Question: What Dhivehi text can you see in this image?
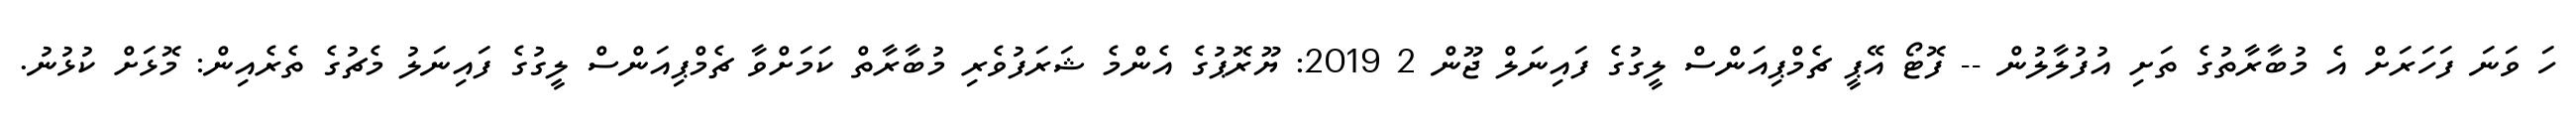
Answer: ހަ ވަނަ ފަހަރަށް އެ މުބާރާތުގެ ތަށި އުފުލާލުން -- ފޮޓޯ އޭޕީ ޗެމްޕިއަންސް ލީގުގެ ފައިނަލް ޖޫން 2 2019: ޔޫރޮޕުގެ އެންމެ ޝަރަފުވެރި މުބާރާތް ކަމަށްވާ ޗެމްޕިއަންސް ލީގުގެ ފައިނަލު މެޗުގެ ތެރެއިން: މޮޅަށް ކުޅުނު.